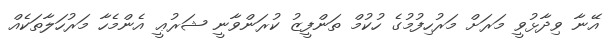
އޭނާ ވިދާޅުވީ މަރަށް މަރުހިފުމުގެ ހުކުމް ތަންފީޒު ކުރަންވާނީ ޝަރުޢީ އެންމެހާ މަރުހަލާތަކެއް